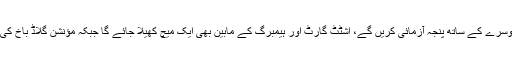
ان میں برلن کی ٹیم کائزرز لاؤٹرن کے مد مقابل ہو گی، مائنز اور کِیل ایک دوسرے کے ساتھ پنجہ آزمائی کریں گے، اشٹٹ گارٹ اور ہیمبرگ کے مابین بھی ایک میچ کھیلا جائے گا جبکہ مؤنشن گلاڈ باخ کی ٹیم جرمن کپ کی دفاعی چیمپئن شالکے کے مقابلے میں میدان میں اترے گی۔